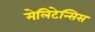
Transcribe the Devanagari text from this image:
मेलिटेन्सिस